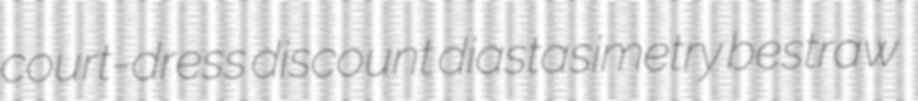
court-dress discount diastasimetry bestraw